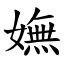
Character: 嫵